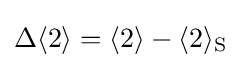
\Delta \langle 2\rangle =\langle 2\rangle -\langle 2\rangle _{\mathrm {S} }